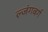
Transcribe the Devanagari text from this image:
ल्जंगबर्ग